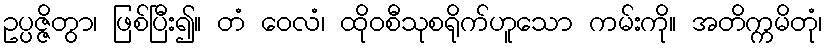
ဥပ္ပဇ္ဇိတွာ၊ ဖြစ်ပြီး၍။ တံ ဝေလံ၊ ထိုဝစီသုစရိုက်ဟူသော ကမ်းကို။ အတိက္ကမိတုံ၊